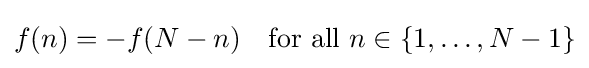
f(n)=-f(N-n)\quad {\text{for all }}n\in \left\{1,\ldots ,N-1\right\}